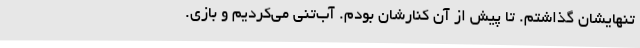
تنهایشان گذاشتم. تا پیش از آن کنارشان بودم. آب‌تنی می‌کردیم و بازی.